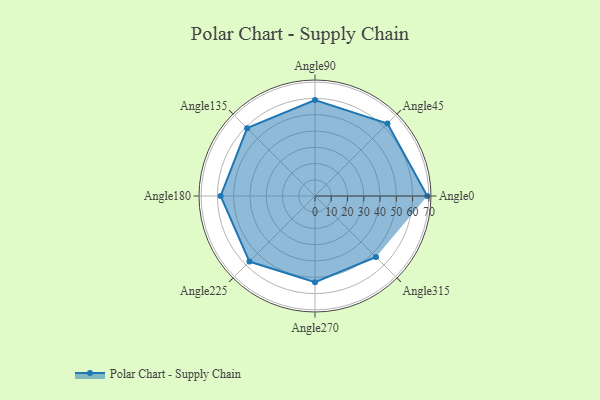
{"axis": {"x": "Angle", "y": "Radius"}, "legend": [""], "data": [{"x": "Angle0", "y": 69.0, "type": ""}, {"x": "Angle45", "y": 63.0, "type": ""}, {"x": "Angle90", "y": 59.0, "type": ""}, {"x": "Angle135", "y": 59.0, "type": ""}, {"x": "Angle180", "y": 58.0, "type": ""}, {"x": "Angle225", "y": 57.0, "type": ""}, {"x": "Angle270", "y": 53.0, "type": ""}, {"x": "Angle315", "y": 53.0, "type": ""}]}